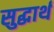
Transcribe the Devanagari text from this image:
सुद्धार्थ